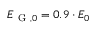
E _ { \mathrm { ~ G ~ } , 0 } = 0 . 9 \cdot E _ { 0 }